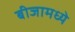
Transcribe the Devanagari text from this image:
बीजामध्ये